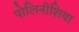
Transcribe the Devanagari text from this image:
पोलिनीशिया